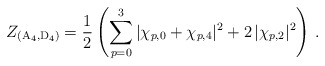
\begin{align*}Z_{(\mathrm{A}_4,\mathrm{D}_4)} = \frac12\left( \sum_{p=0}^3 |\chi_{p,0} + \chi_{p,4}|^2+ 2\, |\chi_{p,2}|^2 \right) \,.\end{align*}